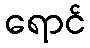
ရောင်